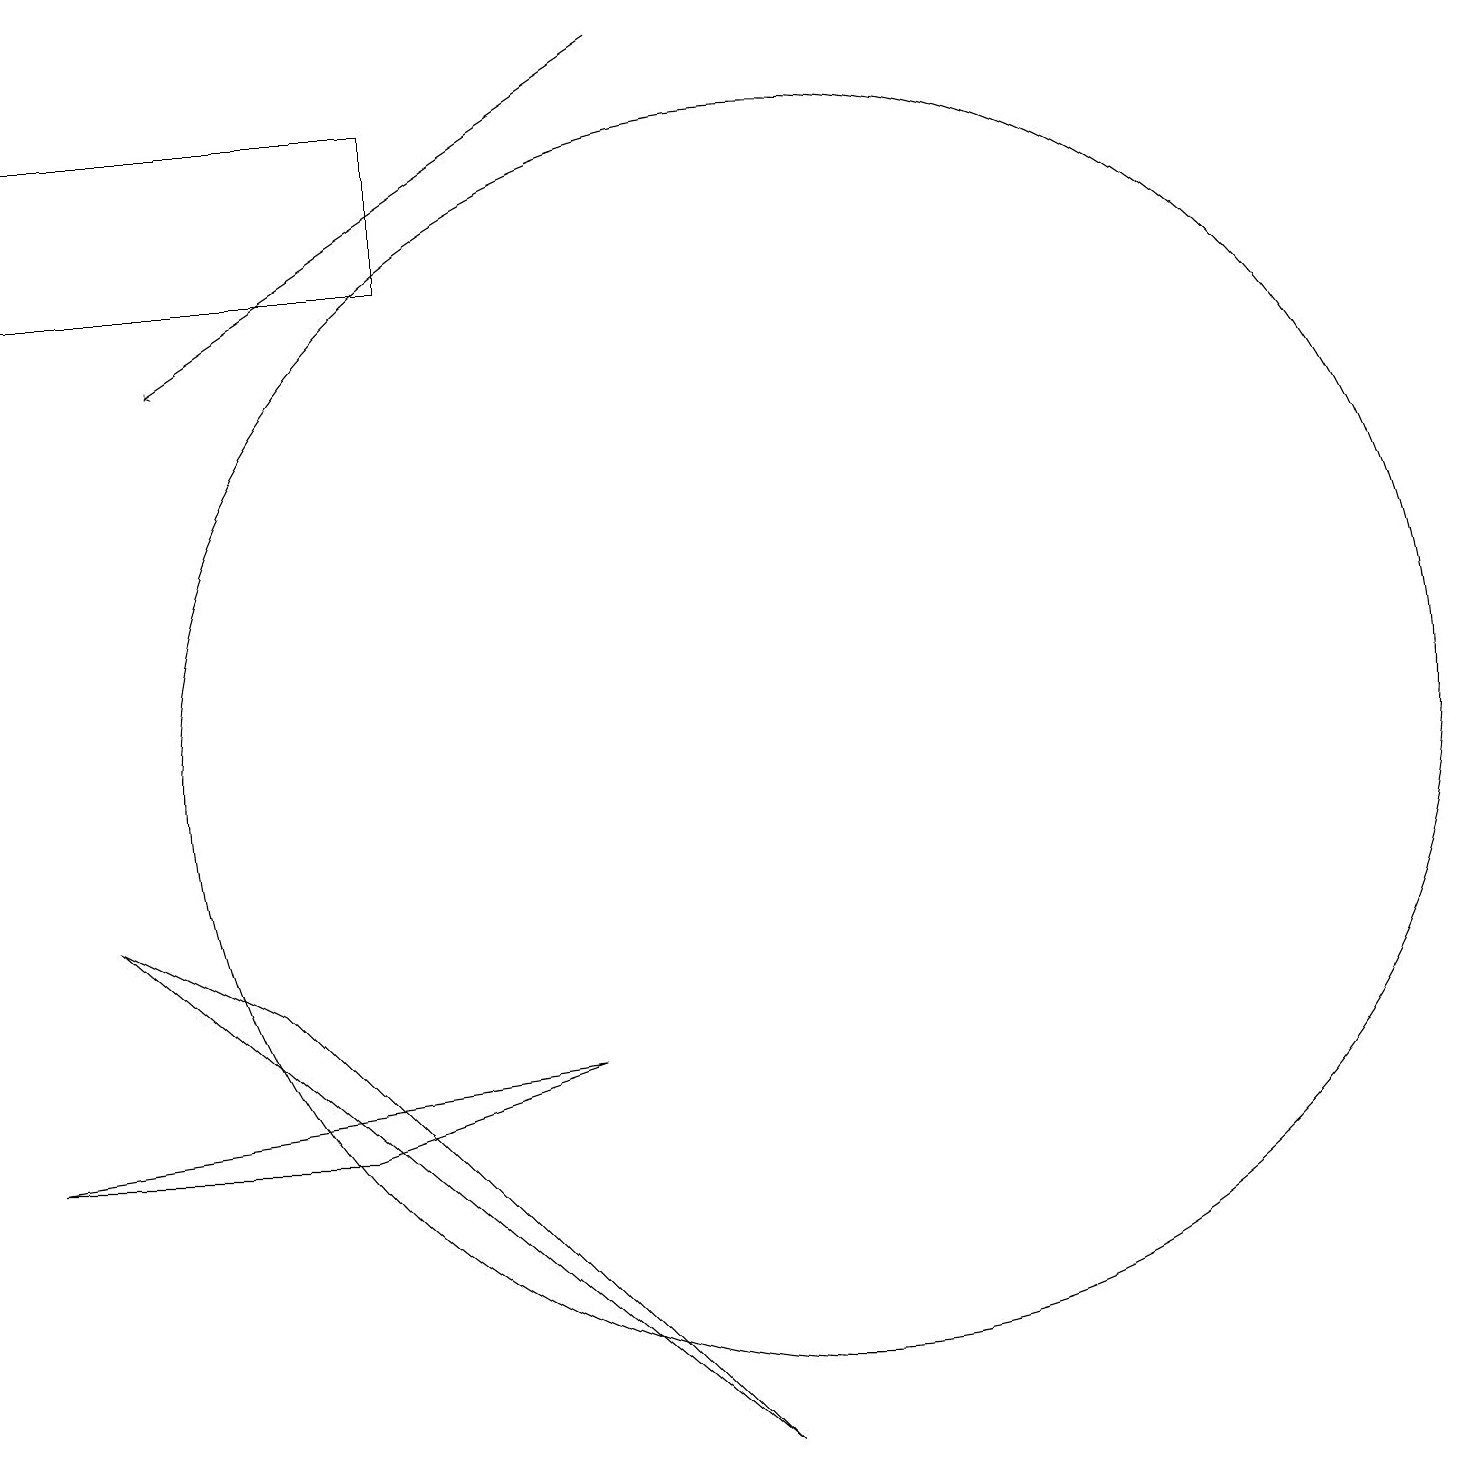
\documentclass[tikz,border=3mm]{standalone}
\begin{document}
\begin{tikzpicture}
\draw (10,10) circle (8);
\draw (0,18) rectangle (5,16);
\draw (7,6) -- (0,5) -- (4,5) -- cycle;
\draw (3,7) -- (1,8) -- (9,1) -- cycle;
\draw[->] (8,19) -- (2,15);
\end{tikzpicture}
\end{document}